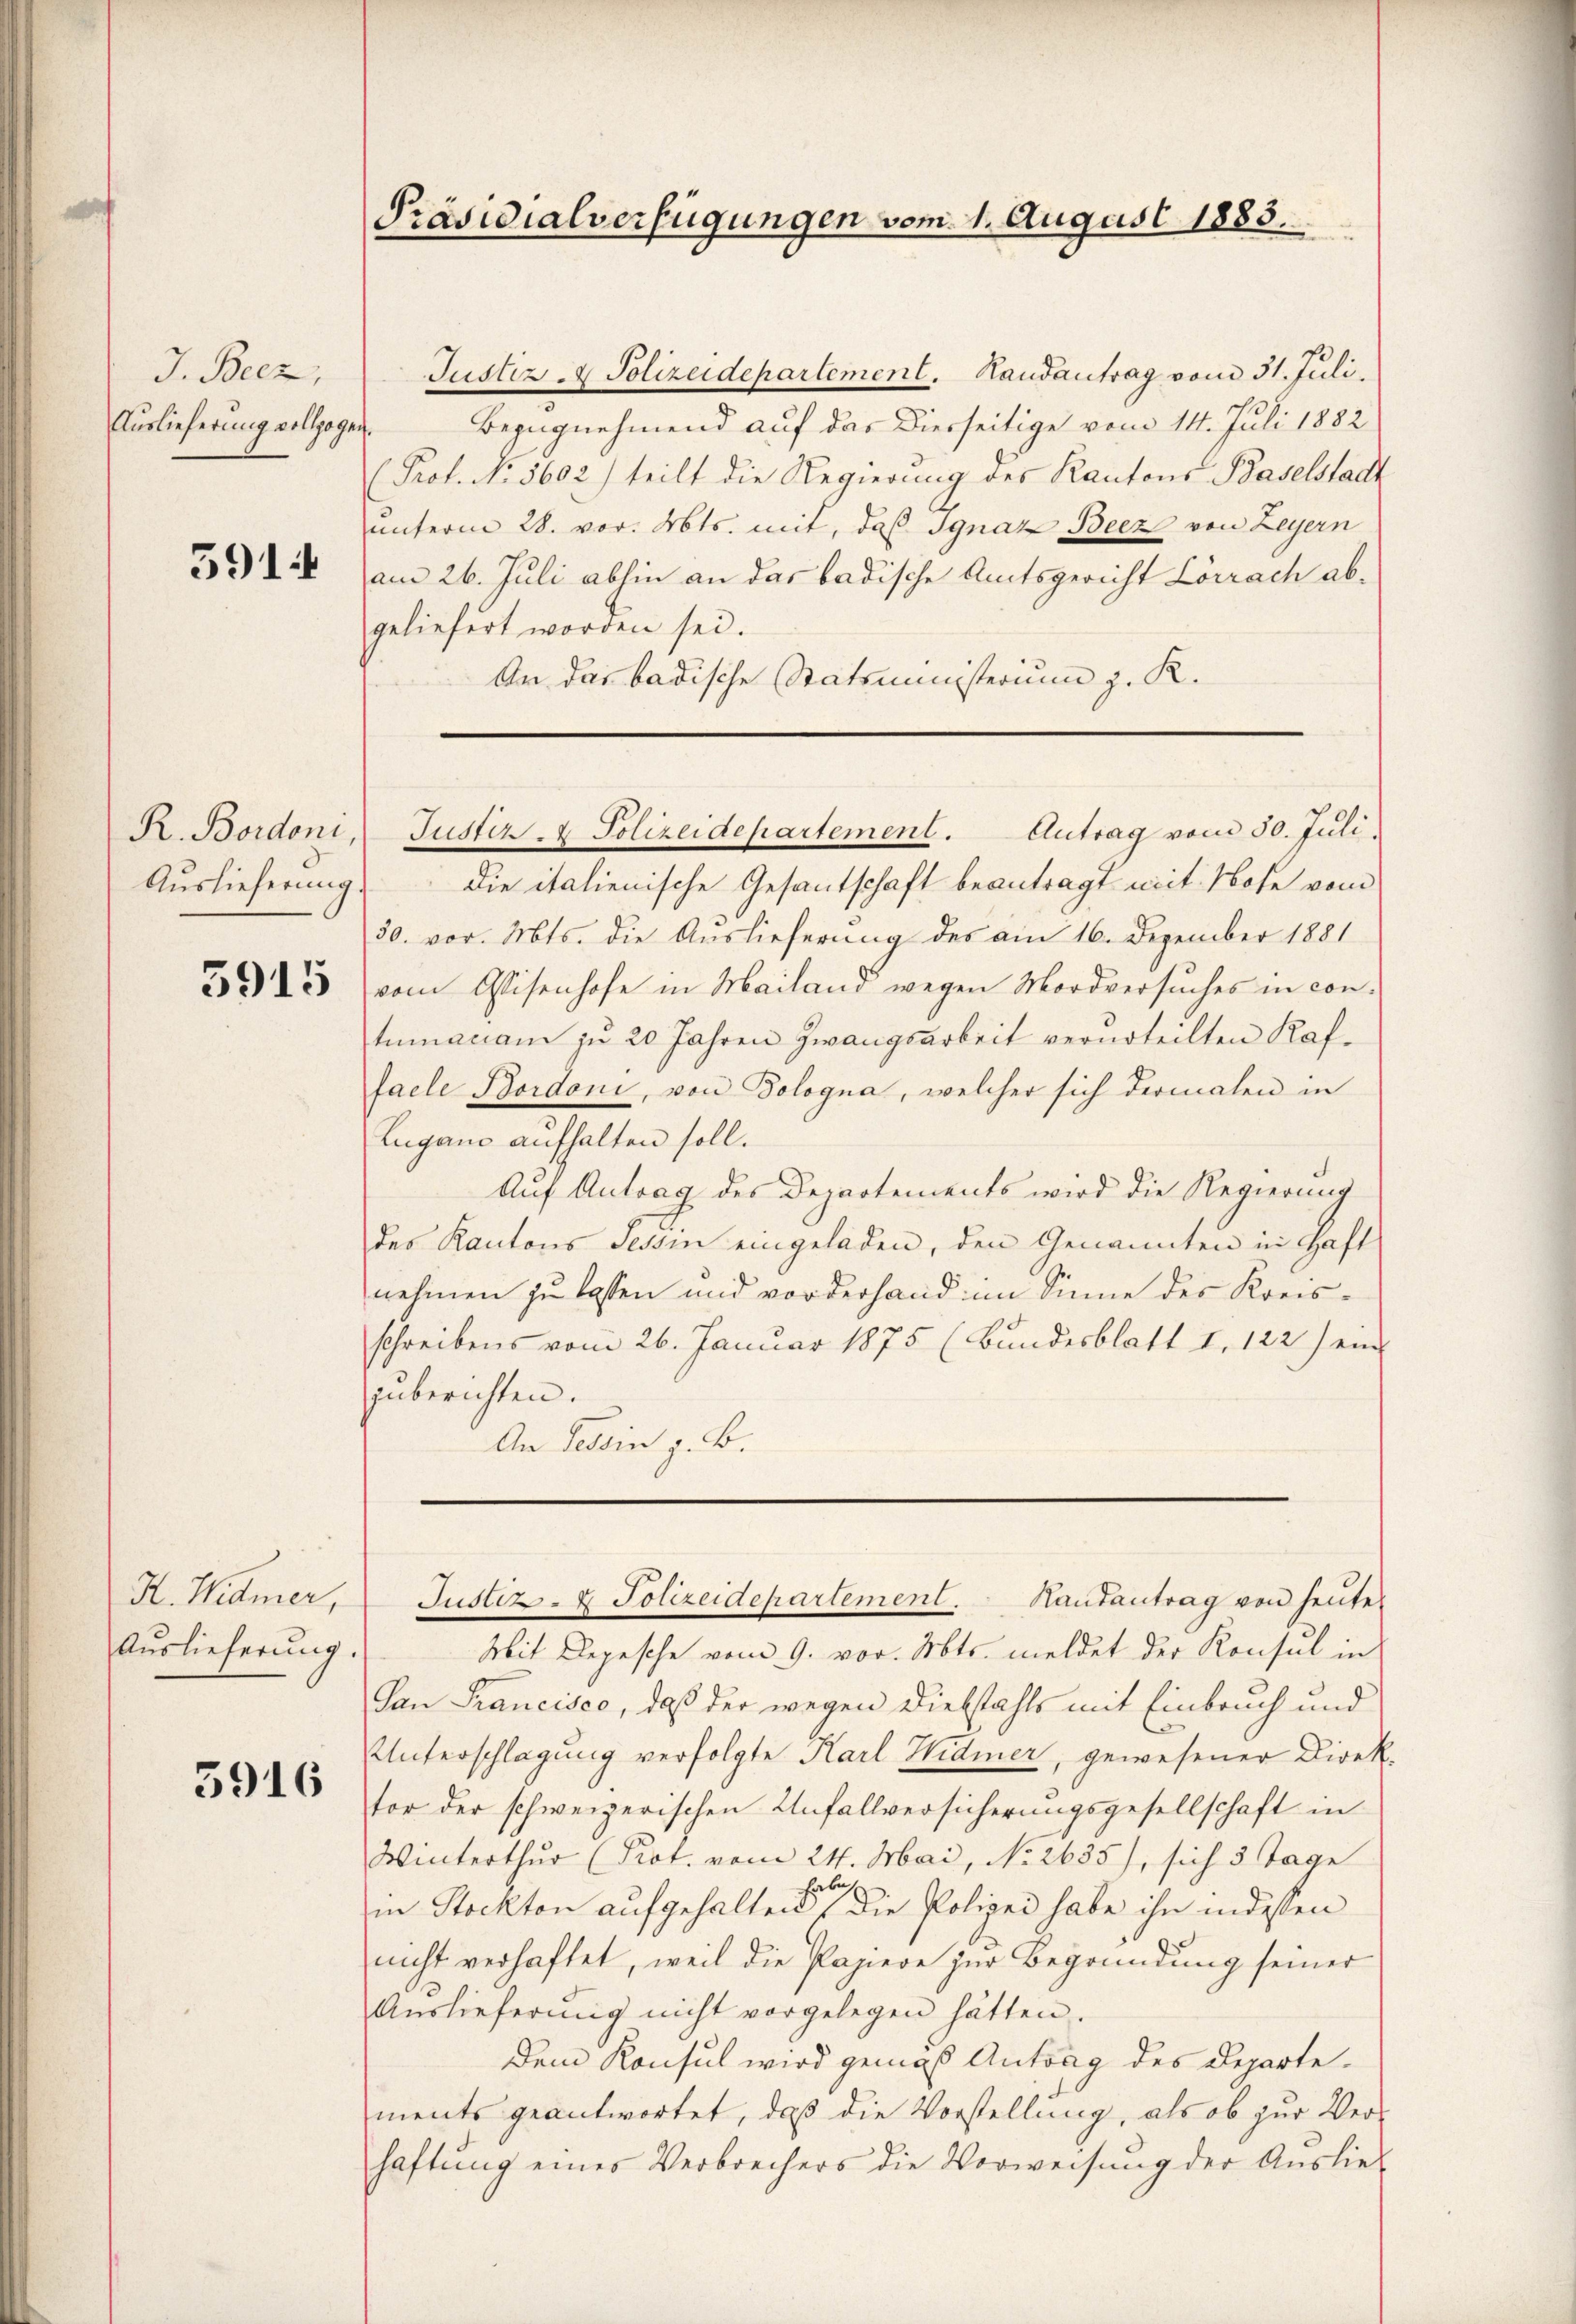
J. Becz,
Auslieferung vollzoge

5914

R. Bordoni
Auslieferung

5915

H. Widmer,
Auslieferung

5916

Präsidialverfügungen vom 1. August 1883.

Justiz- & Polizeidepartement. Handantrag vom 31. Juli.
Bezugnehmend auf das Diesseitige vom 14. Juli 1882
 Prof. No. 5602) teilt die Regierung des Kantons Baselstadt
unterm 28. vor. Mts. mit, daß Ignaz Beez von Leyern
am 26. Juli abhin an das badische Amtsgericht Lörrach abgeliefert worden sei.
An das badische Statsministerium z. K.
Die italienische Gesantschaft beantragt mit Note vom
30. vor. Mts. die Auslieferung des am 16. Dezember 1881
vom Weisenhofe in Mailand wegen Mordversuches in contumaciam zu 20 Jahren Zwangsarbeit verurteilten Kaf-
facle Bordoni, von Bologna, welcher sich dermalen in
Lugane aufhalten soll.
Auf Antrag des Departements wird die Regierung
des Kantons Tessin eingeladen, den Genannten in Haft
nehmen zu lassen und vorderhand im Sinne des Kreisschreibens vom 26. Januar 1875 (Bundesblatt I. 122) ein
zuberichten.
An Tessin z. B.
Justiz- & Polizeidepartement. Hautantrag von heute
Mit Depesche vom 9. vor. Mts. meldet der Konsul in
San Francisco, daß der wegen Diebstahls mit Einbruch und
Unterschlagung verfolgte Karl Widmer, gewesener Direktor der schweizerischen Unfallversicherungsgesellschaft in
Winterthur (Prot. vom 24. Mai, No 2635), sich 3 Tage
b
in Stockten aufgehalten die Polizei habe ihn indessen
nicht verhaftet, weil die Papiere zur Begründung seiner
Aŭslieferung nicht vorgelegen hätten.
dem Konsul wird gemäß Antrag des Departements geantwortet, daß die Vorstellung, als ob zur Verhaftung eines Verbrechers die Verweisŭng der Auslie¬

Justiz & Polizeidepartement. Antrag vom 30. Juli,